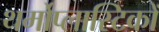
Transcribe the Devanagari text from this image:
थर्मोप्लास्टिकों